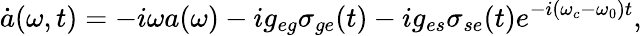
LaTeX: \dot{a}(\omega,t)=-i\omega a(\omega)-ig_{eg}\sigma_{ge}(t)-ig_{es}\sigma_{se}(t)e^{-i(\omega_{c}-\omega_{0})t},